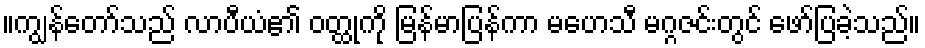
။ကျွန်တော်သည် လာပီယံ၏ ဝတ္ထုကို မြန်မာပြန်ကာ မဟေသီ မဂ္ဂဇင်းတွင် ဖော်ပြခဲ့သည်။